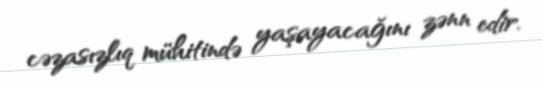
cəzasızlıq mühitində yaşayacağını zənn edir.